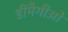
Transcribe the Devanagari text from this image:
डीमैगीओ